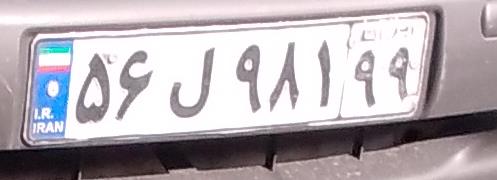
۵۶ل۹۸۱۹۹